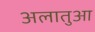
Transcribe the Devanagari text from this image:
अलातुआ